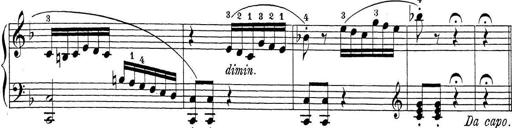
Title: Sonatina Album
Composer: Louis KÃ¶hler